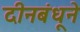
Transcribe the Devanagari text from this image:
दीनबंधूने